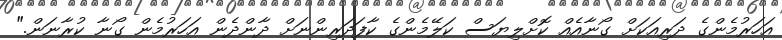
އަހަރުމެންގެ ދަރިއަކަށް ގޯނާއެއް ކޮށްލިޔަސް ކަލޭމެންގެ ކާފަދަރިންނަށް ދާންދެން އަހަރުމެން ގޯނާ ކުރާނަން."